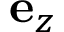
\mathbf { e } _ { z }